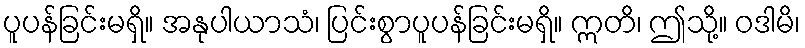
ပူပန်ခြင်းမရှိ။ အနုပါယာသံ၊ ပြင်းစွာပူပန်ခြင်းမရှိ။ ဣတိ၊ ဤသို့။ ဝဒါမိ၊